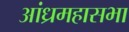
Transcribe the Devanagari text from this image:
आंध्रमहासभा